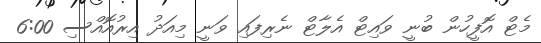
މެޓް އޮފީހުން ބުނީ ވައިޓް އެލާޓް ނެރިފައި ވަނީ މިއަދު އިރުއޮއްސި 6:00